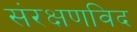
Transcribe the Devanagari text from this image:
संरक्षणविद